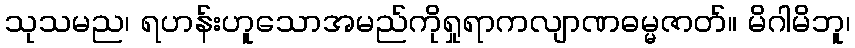
သုသမည၊ ရဟန်းဟူသောအမည်ကိုရှုရာကလျာဏဓမ္မဇာတ်။ မိဂါမိဘူ၊